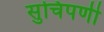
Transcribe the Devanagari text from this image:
सुचिपर्णी